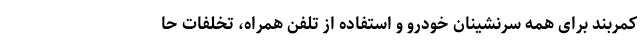
کمربند برای همه سرنشینان خودرو و استفاده از تلفن همراه، تخلفات حا